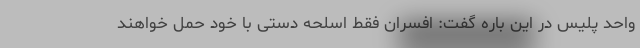
واحد پلیس در این باره گفت: افسران فقط اسلحه دستی با خود حمل خواهند